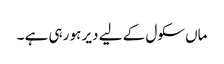
ماں سکول کے لیے دیر ہو رہی ہے ۔